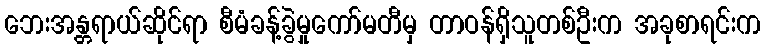
ဘေးအန္တရာယ်ဆိုင်ရာ စီမံခန့်ခွဲမှုကော်မတီမှ တာဝန်ရှိသူတစ်ဦးက အခုစာရင်းက